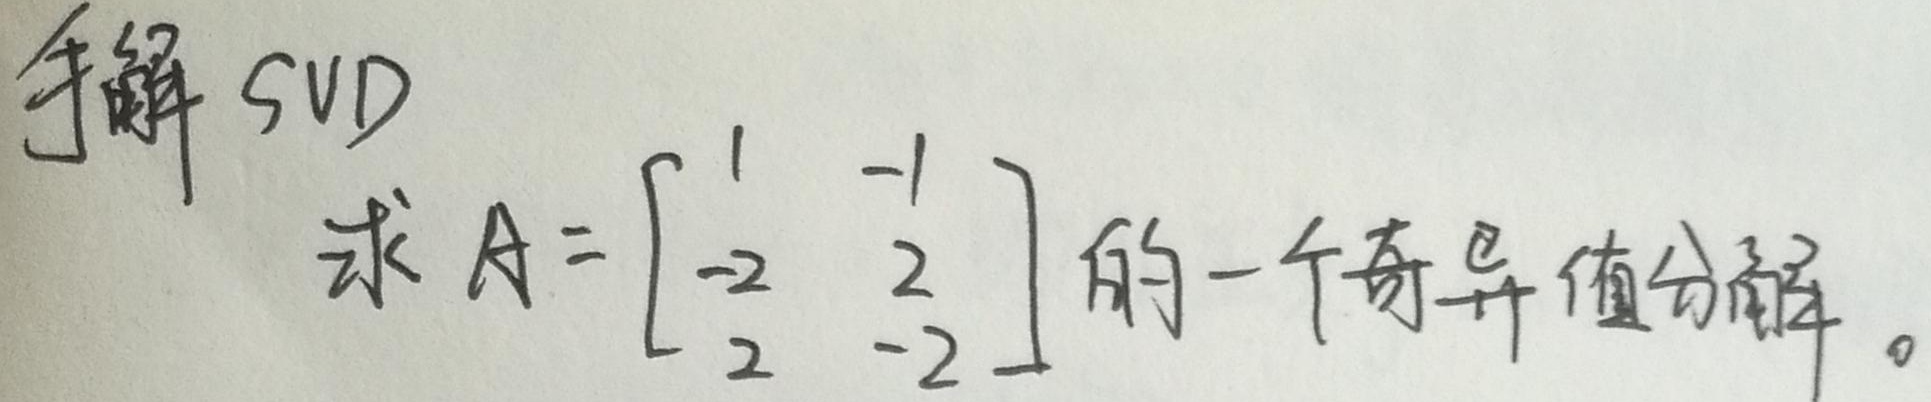
手解 SVD 求\(A = \begin{bmatrix}1& -1\\-2&2\\2& -2\end{bmatrix}\)的一个奇异值分解。